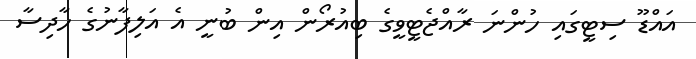
އައްޑޫ ސިޓީގައި ހުންނަ ރާއްޖެޓީވީގެ ބިއުރޯން އިން ބުނީ އެ އަލިފާނުގެ ހާދިސާ